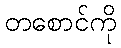
တစောင်ကို